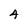
Character: 4